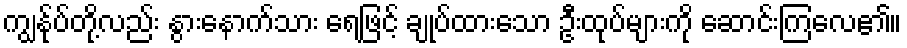
ကျွန်ုပ်တို့လည်း နွားနောက်သား ရေဖြင့် ချုပ်ထားသော ဦးထုပ်များကို ဆောင်းကြလေ၏။